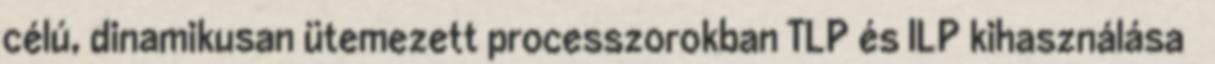
célú, dinamikusan ütemezett processzorokban TLP és ILP kihasználása ●